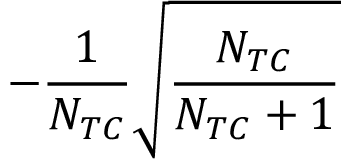
- { \frac { 1 } { N _ { T C } } } \sqrt { \frac { N _ { T C } } { N _ { T C } + 1 } }